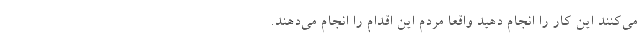
می‌کنند این کار را انجام دهید واقعا مردم این اقدام را انجام می‌دهند.